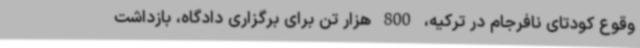
وقوع کودتای نافرجام در ترکیه، 800 هزار تن برای برگزاری دادگاه، بازداشت